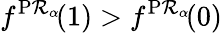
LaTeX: f^{\operatorname{P\mathcal{R}}_{\alpha}\! }(1)>f^{\operatorname{P\mathcal{R}}_{\alpha}\! }(0)